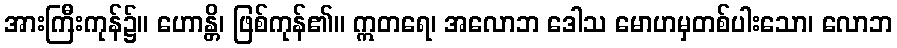
အားကြီးကုန်၌။ ဟောန္တိ၊ ဖြစ်ကုန်၏။ ဣတရေ၊ အလောဘ ဒေါသ မောဟမှတစ်ပါးသော၊ လောဘ